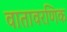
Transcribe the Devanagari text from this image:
वातावरणिक